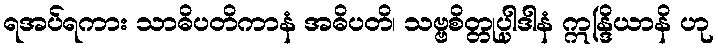
ရအပ်ရကား သာဓိပတိကာနံ အဓိပတိ၊ သဗ္ဗစိတ္တုပ္ပါဒါနံ ဣန္ဒြိယာနိ ဟု